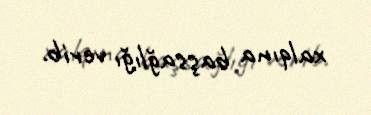
xalqına başsağlığı verib.